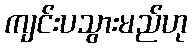
ကျင်းပသွားမည်ဟု